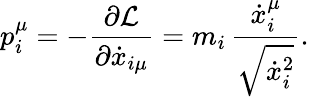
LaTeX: p_{i}^{\mu}=-{\frac{\partial{\cal L}}{\partial{\dot{x}}_{i\mu}}}=m_{i}\, {\frac{{\dot{x}}_{i}^{\mu}}{\sqrt{{\dot{x}}_{i}^{2}}}}.